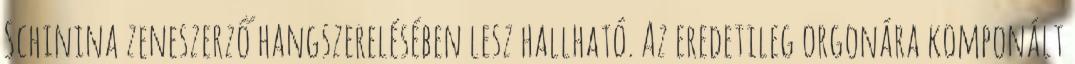
Schinina zeneszerző hangszerelésében lesz hallható. Az eredetileg orgonára komponált